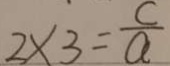
2 \times 3 = \frac { c } { a }